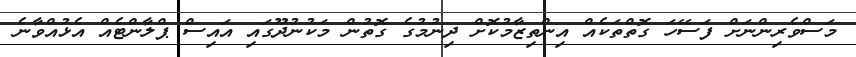
މަސްވެރިންނަށް ފަސޭހަ ގޮތްތަކެއް އިންތިޒާމުކޮށް ދިނުމުގެ ގޮތުން މަކުނުދޫގައި އައިސް ޕްލާންޓެއް އެޅުއްވާނެ